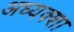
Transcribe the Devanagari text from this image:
अध्यक्शा